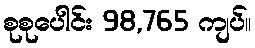
စုစုပေါင်း 98,765 ကျပ်။